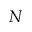
^ N